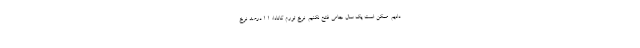
دادیم. ممکن است یک سال جامی فتح نکنیم. نرخ تورم کانادا: ۱.۱ درصد نرخ